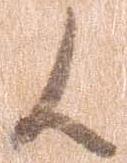
候